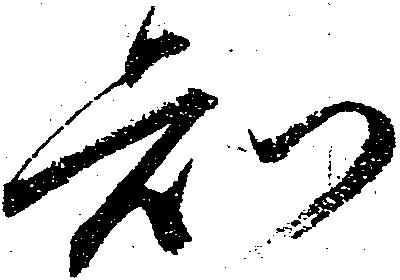
知